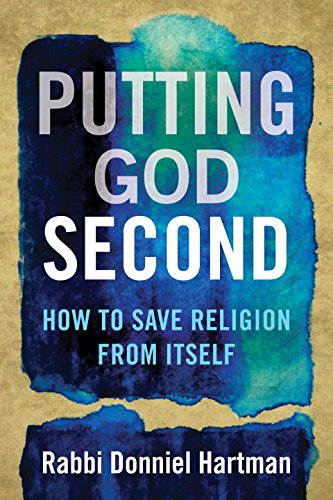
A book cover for Putting God Second: How to Save Religion from Itself; Donniel Hartman; Religion & Spirituality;